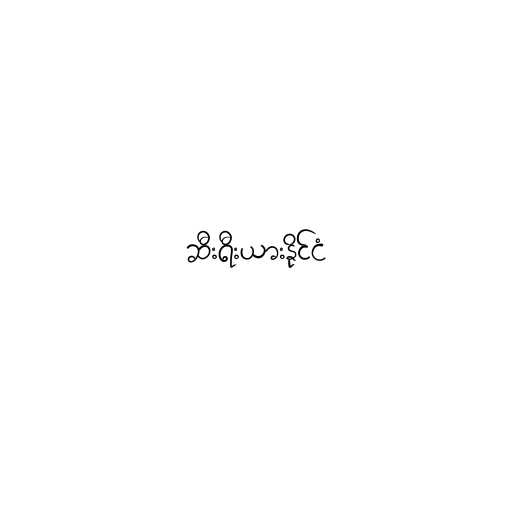
ဆီးရီးယားနိုင်ငံ